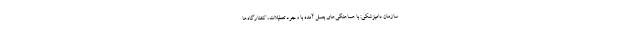
سازمان دامپزشکی: با هماهنگی‌های بعمل آمده با وجود تعطیلات، کشتارگاه‌ها